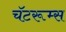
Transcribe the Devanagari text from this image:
चॅटरूम्स